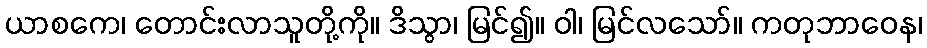
ယာစကေ၊ တောင်းလာသူတို့ကို။ ဒိသွာ၊ မြင်၍။ ဝါ၊ မြင်လသော်။ ကတုဘာဝေန၊